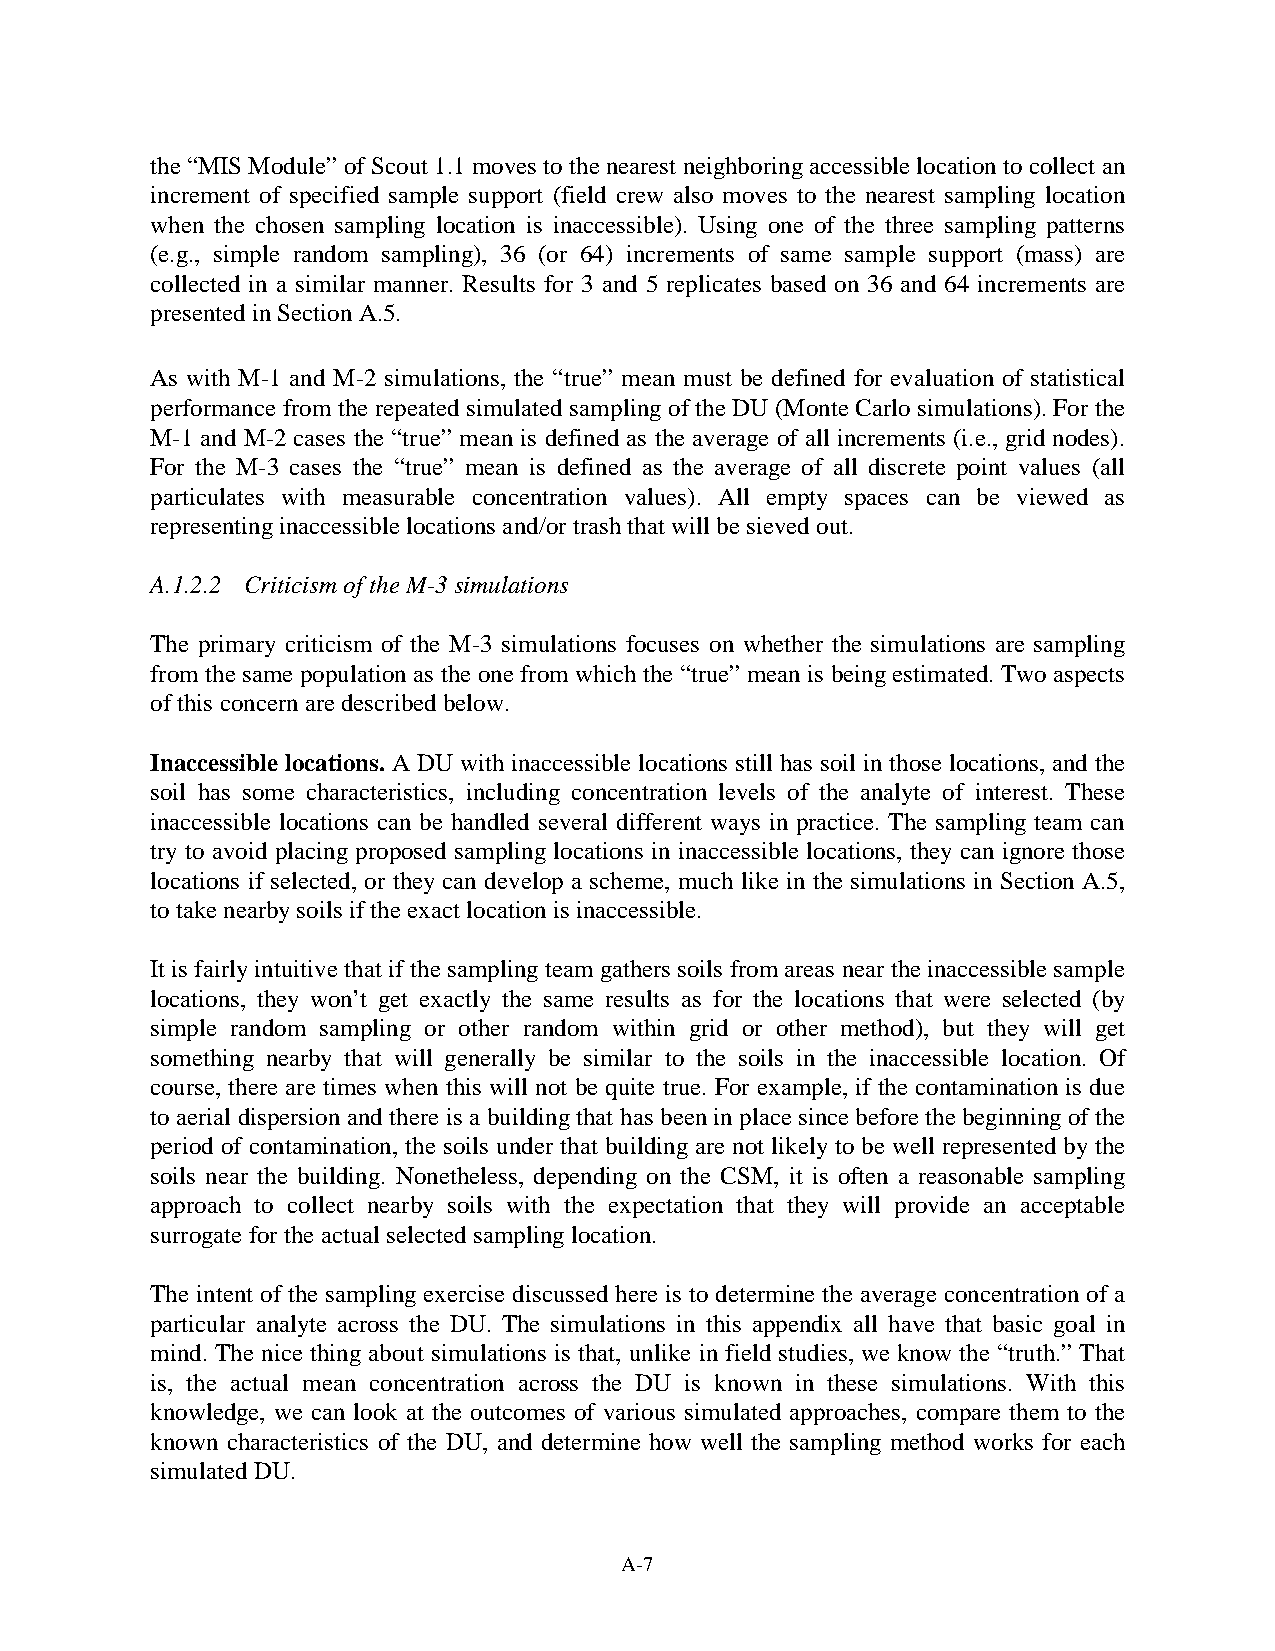
the “MIS Module” of Scout 1.1 moves to the nearest neighboring accessible location to collect an
 increment of specified sample support (field crew also moves to the nearest sampling location
 when the chosen sampling location is inaccessible). Using one of the three sampling patterns
 (e.g., simple random sampling), 36 (or 64) increments of same sample support (mass) are
 collected in a similar manner. Results for 3 and 5 replicates based on 36 and 64 increments are
 presented in Section A.5.
 As with M-1 and M-2 simulations, the “true” mean must be defined for evaluation of statistical
 performance from the repeated simulated sampling of the DU (Monte Carlo simulations). For the
 M-1 and M-2 cases the “true” mean is defined as the average of all increments (i.e., grid nodes).
 For the M-3 cases the “true” mean is defined as the average of all discrete point values (all
 particulates with measurable concentration values). All empty spaces can be viewed as
 representing inaccessible locations and/or trash that will be sieved out.
 A.1.2.2 Criticism of the M-3 simulations
 The primary criticism of the M-3 simulations focuses on whether the simulations are sampling
 from the same population as the one from which the “true” mean is being estimated. Two aspects
 of this concern are described below.
 Inaccessible locations. A DU with inaccessible locations still has soil in those locations, and the
 soil has some characteristics, including concentration levels of the analyte of interest. These
 inaccessible locations can be handled several different ways in practice. The sampling team can
 try to avoid placing proposed sampling locations in inaccessible locations, they can ignore those
 locations if selected, or they can develop a scheme, much like in the simulations in Section A.5,
 to take nearby soils if the exact location is inaccessible.
 It is fairly intuitive that if the sampling team gathers soils from areas near the inaccessible sample
 locations, they won’t get exactly the same results as for the locations that were selected (by
 simple random sampling or other random within grid or other method), but they will get
 something nearby that will generally be similar to the soils in the inaccessible location. Of
 course, there are times when this will not be quite true. For example, if the contamination is due
 to aerial dispersion and there is a building that has been in place since before the beginning of the
 period of contamination, the soils under that building are not likely to be well represented by the
 soils near the building. Nonetheless, depending on the CSM, it is often a reasonable sampling
 approach to collect nearby soils with the expectation that they will provide an acceptable
 surrogate for the actual selected sampling location.
 The intent of the sampling exercise discussed here is to determine the average concentration of a
 particular analyte across the DU. The simulations in this appendix all have that basic goal in
 mind. The nice thing about simulations is that, unlike in field studies, we know the “truth.” That
 is, the actual mean concentration across the DU is known in these simulations. With this
 knowledge, we can look at the outcomes of various simulated approaches, compare them to the
 known characteristics of the DU, and determine how well the sampling method works for each
 simulated DU.
 A-7